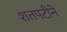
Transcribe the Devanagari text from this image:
शतपटीने